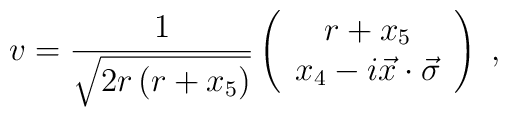
v=\frac{1}{\sqrt{2r\left( r+x_{5}\right) }}\left( \begin{array}{c}r+x_{5} \\ x_{4}-i\vec{x}\cdot \vec{\sigma}\end{array}\right) \;,